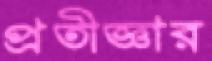
প্রতীজ্ঞার